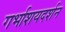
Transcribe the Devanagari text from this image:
गर्भाशयदर्शन